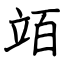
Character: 竡